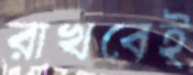
রাখবেই